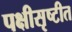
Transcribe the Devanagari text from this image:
पक्षीसृष्टीत